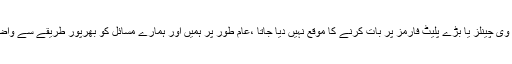
ہم مسیحی جنہیں عام طور پر پاکستان کے ٹی وی چینلز یا بڑے پلیٹ فارمز پر بات کرنے کا موقع نہیں دیا جاتا ،عام طور پر ہمیں اور ہمارے مسائل کو بھرپور طریقے سے واضح نہیں کیا جاتا اور نظر انداز کردیا جاتا ہے۔